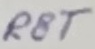
Text: RST